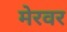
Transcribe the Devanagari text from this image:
मेरवर